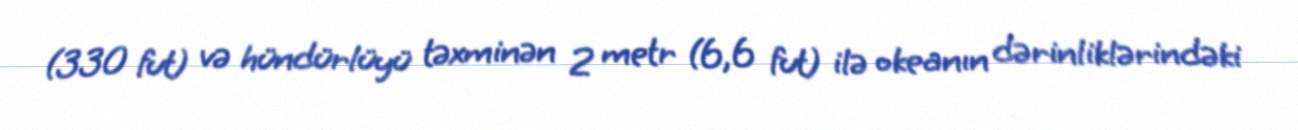
(330 fut) və hündürlüyü təxminən 2 metr (6,6 fut) ilə okeanın dərinliklərindəki